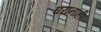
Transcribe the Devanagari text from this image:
घरांनाही